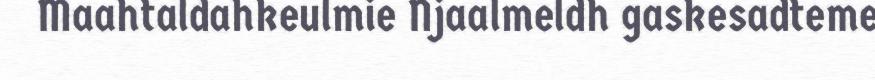
Maahtaldahkeulmie Njaalmeldh gaskesadteme